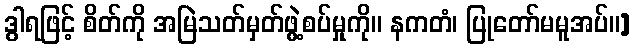
ဒွါရဖြင့် စိတ်ကို အမြဲသတ်မှတ်ဖွဲ့စပ်မှုကို။ နကတံ၊ ပြုတော်မမူအပ်။]